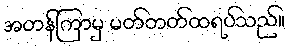
အတန်ကြာမှ မတ်တတ်ထရပ်သည်။